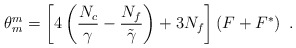
\begin{align*}\theta^m_m=\left[4\left(\frac{N_c}{\gamma}-\frac{N_f}{\tilde{\gamma}}\right) + 3N_f\right] \left(F + F^*\right) \ .\end{align*}